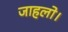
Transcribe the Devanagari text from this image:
जाहलो।